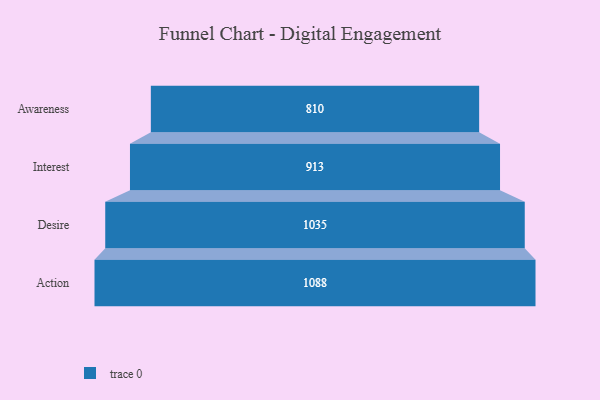
{"axis": {"x": "Stage", "y": "Value"}, "legend": [""], "data": [{"x": "Awareness", "y": 810.0, "type": ""}, {"x": "Interest", "y": 913.0, "type": ""}, {"x": "Desire", "y": 1035.0, "type": ""}, {"x": "Action", "y": 1088.0, "type": ""}]}